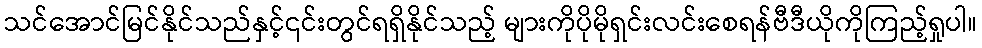
သင်အောင်မြင်နိုင်သည်နှင့်၎င်းတွင်ရရှိနိုင်သည့် များကိုပိုမိုရှင်းလင်းစေရန်ဗီဒီယိုကိုကြည့်ရှုပါ။